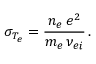
\sigma _ { T _ { e } } = \frac { n _ { e } \, e ^ { 2 } } { m _ { e } \, \nu _ { e i } } \, .